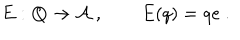
E : \mathbf { Q } \to \mathcal { A } ~ , \qquad E ( q ) = q e ~ .